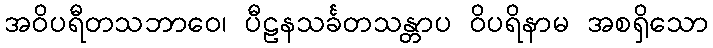
အဝိပရီတသဘာဝေ၊ ပီဠနသင်္ခတသန္တာပ ဝိပရိနာမ အစရှိသော